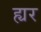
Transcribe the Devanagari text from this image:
ह्यर